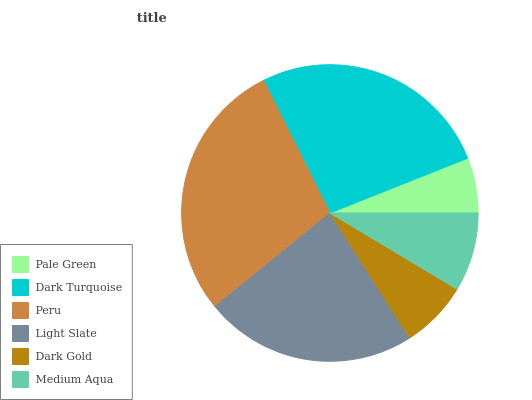
| Pale Green | Dark Turquoise | Peru | Light Slate | Dark Gold | Medium Aqua |
 | --- | --- | --- | --- | --- | --- |
 | 6.01% | 26.4% | 28.5% | 23.2% | 7.34% | 8.59% |